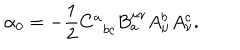
\alpha _ { 0 } = - \frac 1 2 C _ { \; \; b c } ^ { a } B _ { a } ^ { \mu \nu } A _ { \mu } ^ { b } A _ { \nu } ^ { c } .